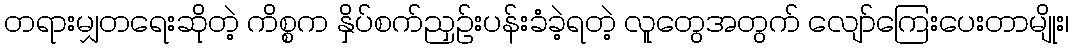
တရားမျှတရေးဆိုတဲ့ ကိစ္စက နှိပ်စက်ညှဉ်းပန်းခံခဲ့ရတဲ့ လူတွေအတွက် လျော်ကြေးပေးတာမျိုး၊